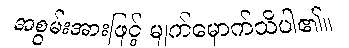
အစွမ်းအားဖြင့် မျက်မှောက်သိပါ၏။